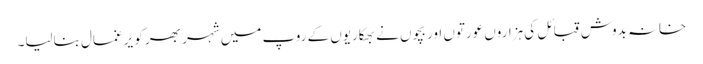
خانہ بدوش قبائل کی ہزاروں عورتوں اور بچوں نے بھکاریوں کے روپ میں شہر بھر کو یرغمال بنالیا۔